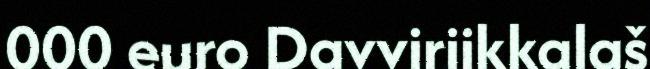
000 euro Davviriikkalaš